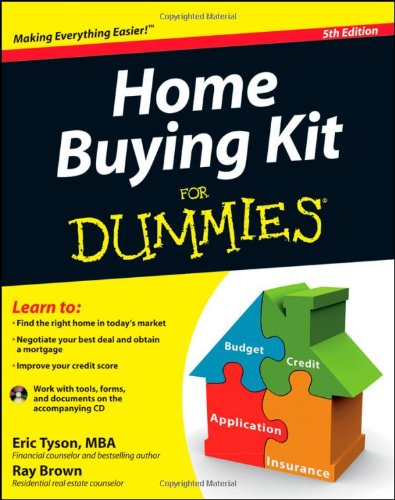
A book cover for Home Buying Kit For Dummies; Eric Tyson; Business & Money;